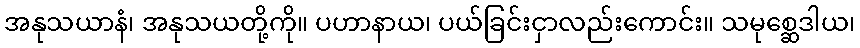
အနုသယာနံ၊ အနုသယတို့ကို။ ပဟာနာယ၊ ပယ်ခြင်းငှာလည်းကောင်း။ သမုစ္ဆေဒါယ၊